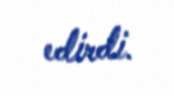
edirdi.